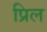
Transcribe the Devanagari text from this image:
प्रिल